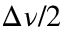
\Delta \nu / 2